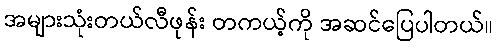
အများသုံးတယ်လီဖုန်း တကယ့်ကို အဆင်ပြေပါတယ်။